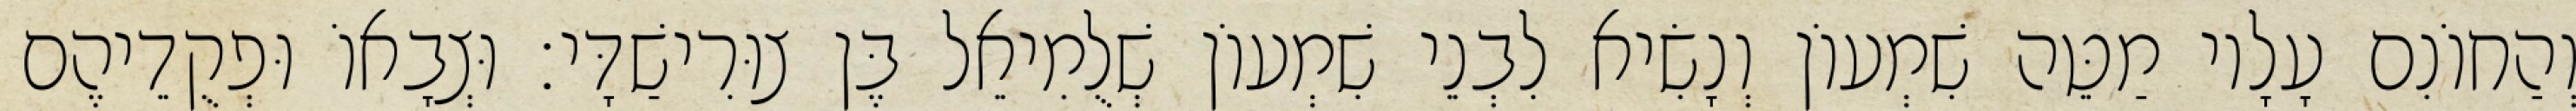
וְהַחוֹנִם עָלָיו מַטֵּה שִׁמְעוֹן וְנָשִׂיא לִבְנֵי שִׁמְעוֹן שְׁלֻמִיאֵל בֶּן צוּרִישַׁדָּי׃ וּצְבָאוֹ וּפְקֻדֵיהֶם